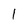
Character: I